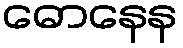
ဓောနေန